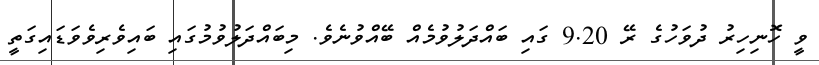
ވީ ހޮނިހިރު ދުވަހުގެ ރޭ 9.20 ގައި ބައްދަލުވުމެއް ބޭއްވުނެވެ. މިބައްދަލުވުމުގައި ބައިވެރިވެވަޑައިގަތީ